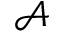
\mathcal { A }